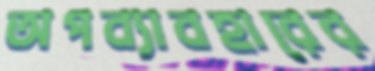
অপব্যাবহারের